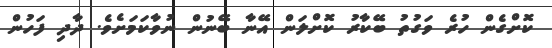
ކޮށްގެން ހުރެ ވަގުތު ބޭކާރު ކޮށްލަން އޭނާ ބޭނުން ނުވާކަމަށެވެ. ދާދި ފަހުން